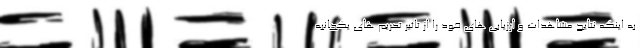
به اینکه نتایج مشاهدات و ارزیابی های خود را از تاثیر تحریم های یکجانبه